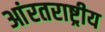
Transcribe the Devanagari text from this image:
आंरतराष्ट्रीय